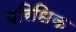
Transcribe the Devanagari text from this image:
परिधिक